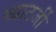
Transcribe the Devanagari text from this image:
च्याटर्जी